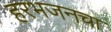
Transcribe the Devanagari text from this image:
हरभजनचा